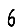
Digit: 6